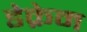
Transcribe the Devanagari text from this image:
डेक्रेम